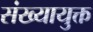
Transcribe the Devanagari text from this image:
संख्यायुक्त